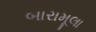
બારામૂલા